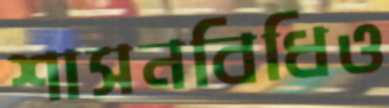
শাসনবিধিও